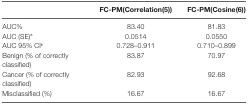
|  | FC-PM(Correlation(5)) | FC-PM(Cosine(6)) |
 | --- | --- | --- |
 | AUC% | 83.40 | 81.83 |
 | AUC (SE)a | 0.0514 | 0.0550 |
 | AUC 95% CIb | 0.728–0.911 | 0.710–0.899 |
 | Benign (% of correctly classified) | 83.87 | 70.97 |
 | Cancer (% of correctly classified) | 82.93 | 92.68 |
 | Misclassified (%) | 16.67 | 16.67 |